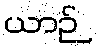
ယာဉ်